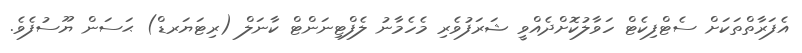
އެފަރާތްތަކަށް ސެޓްފިކެޓް ހަވާލުކޮށްދެއްވީ ޝަރަފުވެރި މެހެމާނު ލެފްޓިނަންޓް ކާނަލް (ރިޓަޔަރޑް) ޙަސަން ޔޫސުފެވެ.